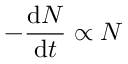
- { \frac { \mathrm { d } N } { \mathrm { d } t } } \propto N